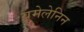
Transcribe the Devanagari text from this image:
यूमेलेनिन